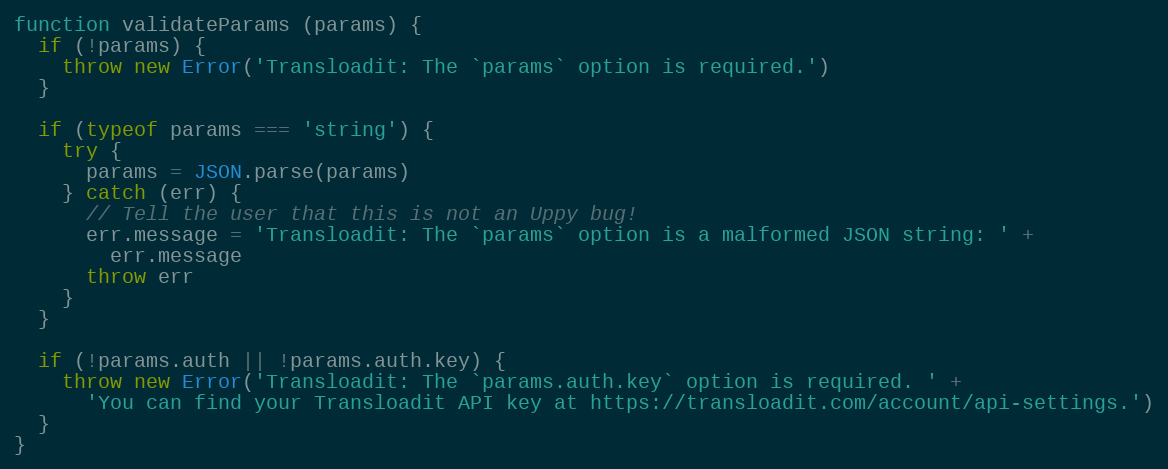
Language: JavaScript
function validateParams (params) {
  if (!params) {
    throw new Error('Transloadit: The `params` option is required.')
  }

  if (typeof params === 'string') {
    try {
      params = JSON.parse(params)
    } catch (err) {
      // Tell the user that this is not an Uppy bug!
      err.message = 'Transloadit: The `params` option is a malformed JSON string: ' +
        err.message
      throw err
    }
  }

  if (!params.auth || !params.auth.key) {
    throw new Error('Transloadit: The `params.auth.key` option is required. ' +
      'You can find your Transloadit API key at https://transloadit.com/account/api-settings.')
  }
}